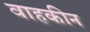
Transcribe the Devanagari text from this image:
वाहकीन